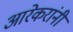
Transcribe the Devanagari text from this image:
आरेकरांनी